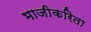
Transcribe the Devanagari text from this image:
भाजीकरिता